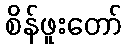
စိန်ဖူးတော်